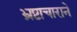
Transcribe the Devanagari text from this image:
भ्रष्टाचाराने